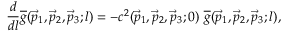
\frac { d } { d l } \overline { { g } } ( \vec { p } _ { 1 } , \vec { p } _ { 2 } , \vec { p } _ { 3 } ; l ) = - c ^ { 2 } ( \vec { p } _ { 1 } , \vec { p } _ { 2 } , \vec { p } _ { 3 } ; 0 ) \ \overline { { g } } ( \vec { p } _ { 1 } , \vec { p } _ { 2 } , \vec { p } _ { 3 } ; l ) ,